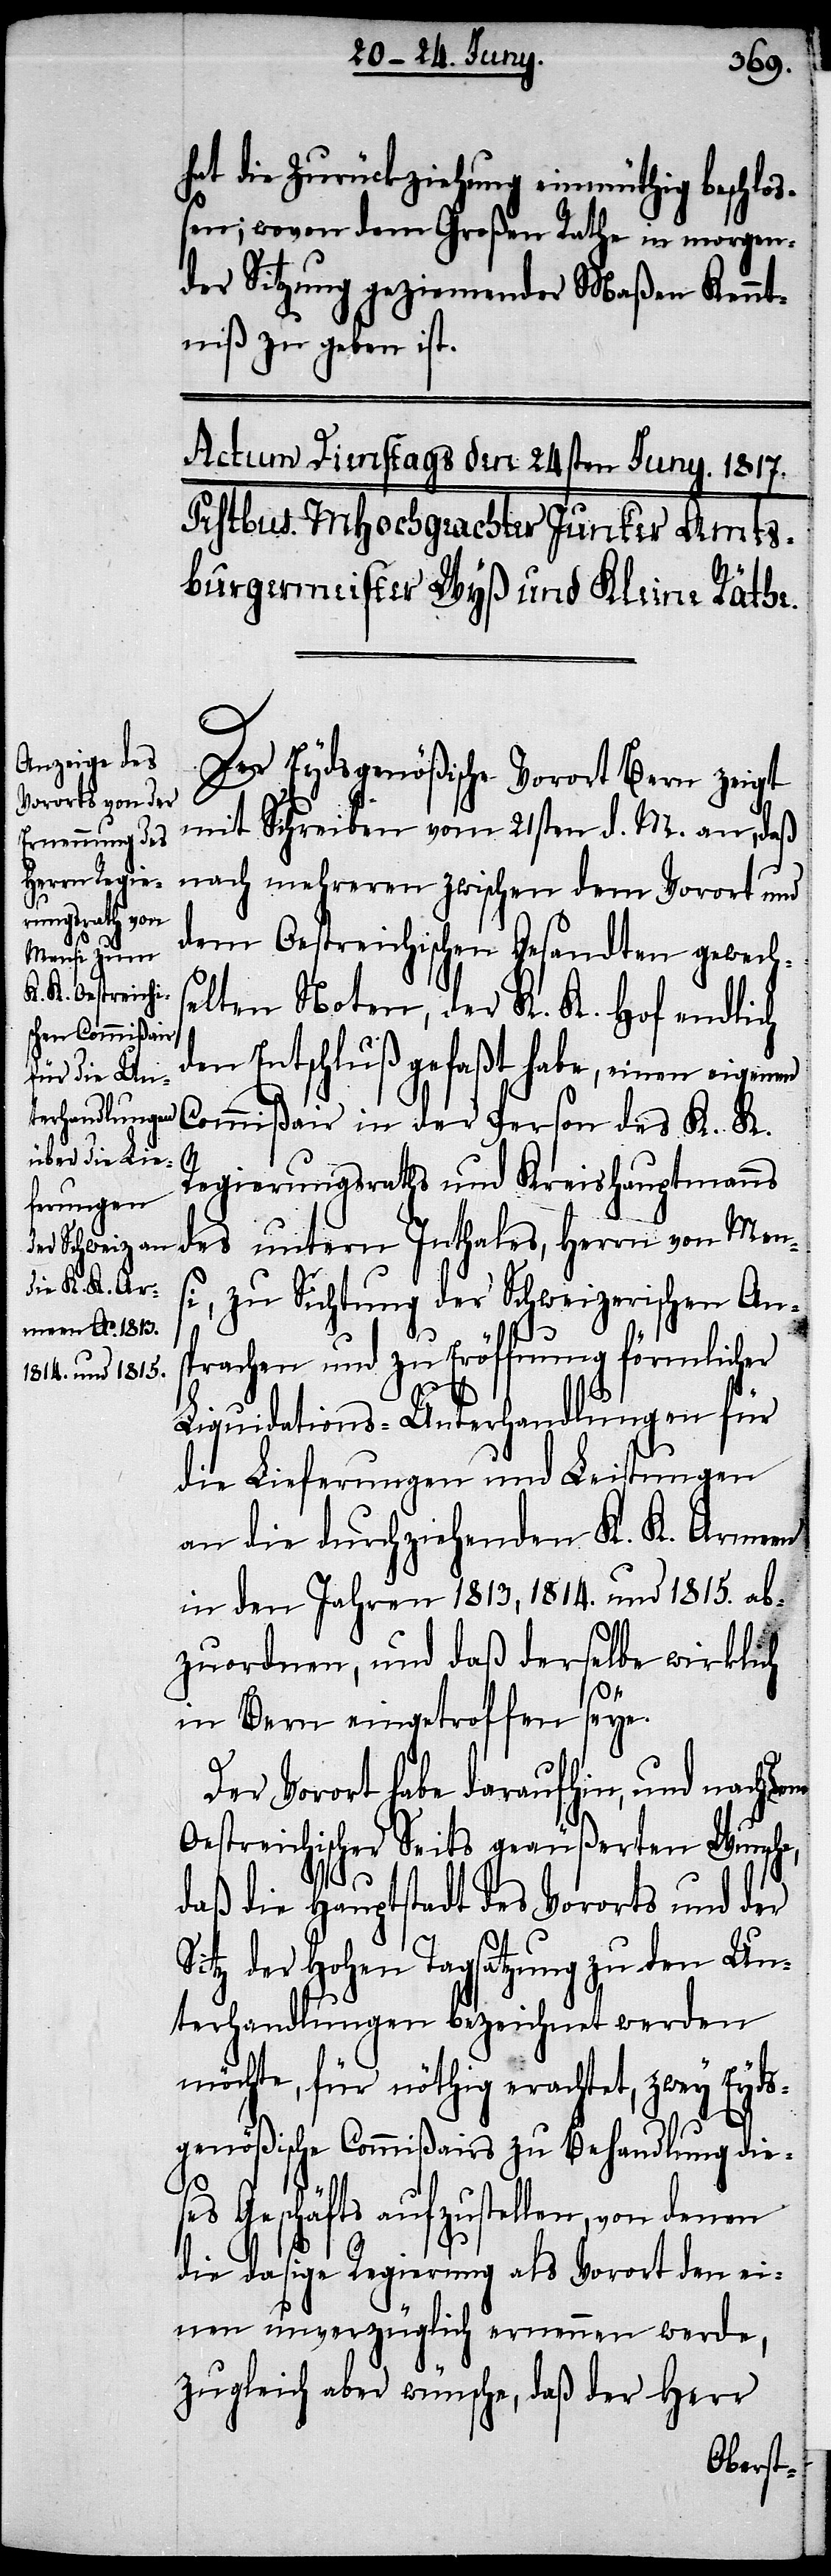
S¬

hat die Zurückziehung einmüthig beschloß¬
en; wovon dem Großen Rathe in morgen¬
der Sitzung geziemender Maßen Kennt¬
niß zu geben ist.
Der Eydsgenößische Vorort Bern zeigt
mit Schreiben vom 21sten d. M. an, daß
nach mehreren zwischen dem Vorort und
dem Oestreichischen Gesandten gewechs¬
elten Noten, der K. K. Hof endlich
den Entschluß gefaßt habe, einen eigenen
Commißair in der Person des K. K.
Regierungsraths und Kreishauptmanns
des untern Inthales, Herrn von Men¬
si, zu Sichtung der Schweizerischen Ans¬
prachen und zu Erföffnung förmlicher
Liquidations-Unterhandlungen für
die Lieferungen und Leistungen
an die durchziehenden K. K. Armeen
in den Jahren 1813, 1814. und 1815. ab¬
zuordnen, und daß derselbe wirklich
in Bern eingetroffen seye.
Der Vorort habe daraufhin, und nach
Oestreichischer Seits geäußerten Wunsche,
daß die Hauptstadt des Vororts und der
itz der Hohen Tagsatzung zu den Un¬
terhandlungen bezeichnet werden
möchte, für nöthig erachtet, zwey Eyds¬
genößische Commißairs zu Behandlung dies¬
es Geschäfts aufzustellen, von
die dasige Regierung als Vorort den ei¬
nen unverzüglich ernennen werde,
zugleich aber wünsche, daß der Herr